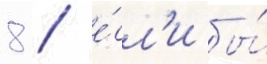
8 / е́сл'и бы́